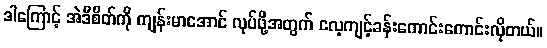
ဒါကြောင့် အဲဒီစိတ်ကို ကျန်းမာအောင် လုပ်ဖို့အတွက် လေ့ကျင့်ခန်းကောင်းကောင်းလိုတယ်။